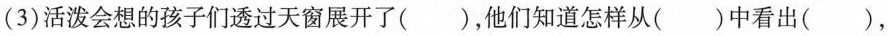
(3)活泼会想的孩子们透过天窗展开了()，他们知道怎样从()中看出()，